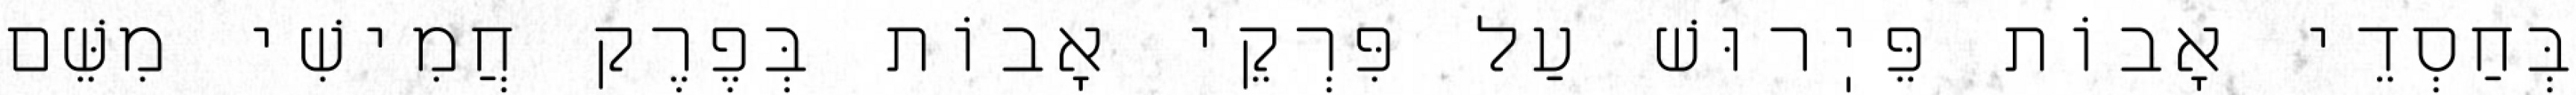
בְּחַסְדֵי אָבוֹת פֵּיֽרוּשׁ עַל פִּרְקֵי אָבוֹת בְּפֶרֶק חֲמִישִׁי מִשֵּׁם